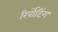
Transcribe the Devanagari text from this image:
रिर्पोटिंग